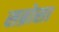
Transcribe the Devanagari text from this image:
सब्रोसा